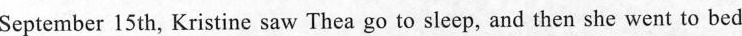
September 15 th, Kristine saw Thea go to sleep, and then she went to bed